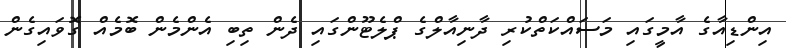
އިންޑިއާގެ އާމީގައި މަސައްކަތްކުރި ދާނިއާލްގެ ޕްލެޓޫންގައި ދެން ތިބި އެންމެން ބޮމެއް ގޮވައިގެން